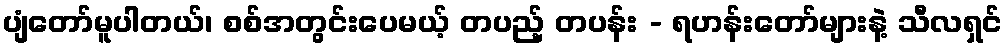
ပျံတော်မူပါတယ်၊ စစ်အတွင်းပေမယ့် တပည့် တပန်း - ရဟန်းတော်များနဲ့ သီလရှင်